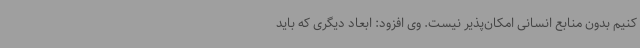
کنیم بدون منابع انسانی امکان‌پذیر نیست. وی افزود: ابعاد دیگری که باید